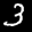
Label: 3